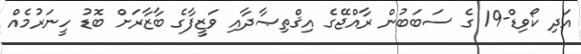
އަދި ކޯވިޑް-19 ގެ ސަބަބުން ރާއްޖޭގެ އިޤްތިޞާދާއި ވަޒީފާގެ ބާޒާރަށް ބޮޑު ހީނަރުމެއް